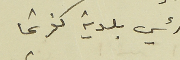
رئيس بلدية كفرشيما